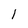
Character: 1